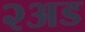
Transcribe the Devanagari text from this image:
२अड